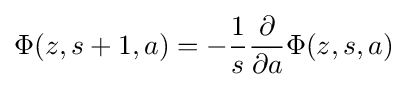
\Phi (z,s+1,a)=-{\frac {1}{s}}{\frac {\partial }{\partial a}}\Phi (z,s,a)